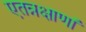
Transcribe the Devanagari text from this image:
एतन्नक्षाणां